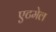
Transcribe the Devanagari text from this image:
एटमेल